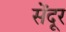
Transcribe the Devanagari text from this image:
सेंदूर